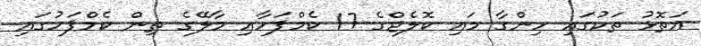
އަތޮޅު ތަކުގައި ހިންގާ މައި ކޮލެޖްގެ 17 ކެމްޕަހާއި މާލޭގެ ތިން ކެމްޕަހުގައި